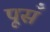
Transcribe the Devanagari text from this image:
पूसँ